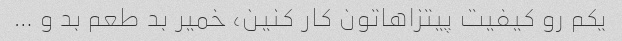
یکم رو کیفیت پیتزاهاتون کار کنین، خمیر بد طعم بد و …